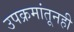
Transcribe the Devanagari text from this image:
उपक्रमांतूनही